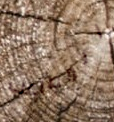
المصاعب